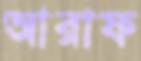
আরাফ